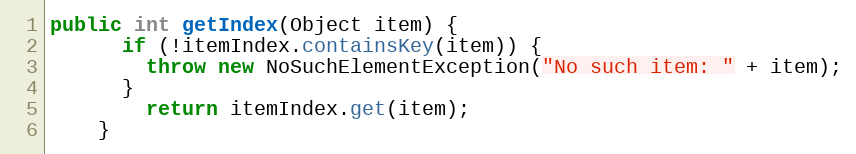
Language: Java
public int getIndex(Object item) {
	  if (!itemIndex.containsKey(item)) {
	    throw new NoSuchElementException("No such item: " + item);
	  }
		return itemIndex.get(item);
	}